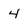
Character: 4